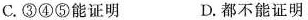
C.③④⑤能证明 D.都不能证明